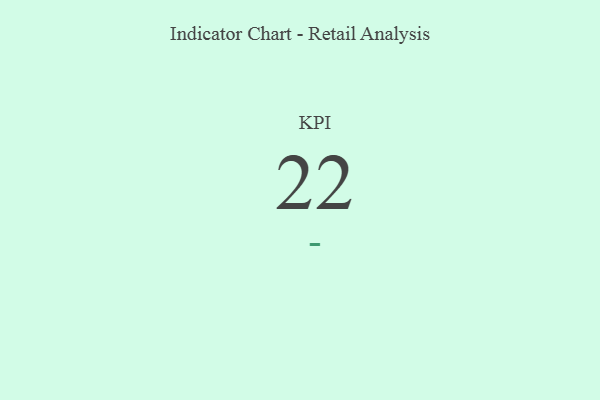
{"axis": {"x": "KPI", "y": "Value"}, "legend": [""], "data": [{"x": "KPI", "y": 22, "type": ""}]}